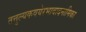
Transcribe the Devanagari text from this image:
तत्तुल्यकवयेरभावादनामिका